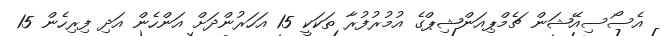
އެސޯސިއޭޝަން ޗެމްޕިއަންޝިޕްގެ އުމުރުފުރާ ތަކަކީ 15 އަހަރުންދަށް އަންހެން އަދި ފިރިހެން 15